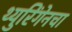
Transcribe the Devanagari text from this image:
थ्युरिंगेनचा